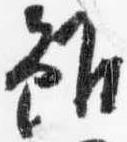
雖